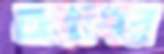
আবেদার